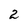
Character: 2